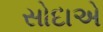
સોદાએ